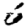
Digit: 6